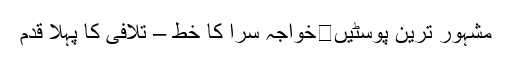
مشہور ترین پوسٹیں	خواجہ سرا کا خط – تلافی کا پہلا قدم